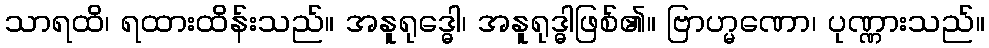
သာရထိ၊ ရထားထိန်းသည်။ အနူရုဒ္ဓေါ၊ အနူရုဒ္ဓါဖြစ်၏။ ဗြာဟ္မဏော၊ ပုဏ္ဏားသည်။